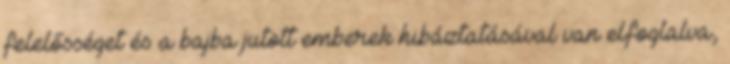
felelősséget és a bajba jutott emberek hibáztatásával van elfoglalva,